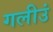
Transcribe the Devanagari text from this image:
गलीउं